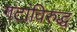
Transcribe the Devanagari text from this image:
गटांविरुद्ध